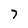
Character: 7